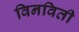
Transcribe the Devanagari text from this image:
विनविती